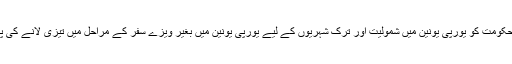
اس کے بدلے انقرہ حکومت کو يورپی يونين ميں شموليت اور ترک شہريوں کے ليے يورپی يونين ميں بغير ويزے سفر کے مراحل ميں تيزی لانے کی پيشکش کی گئی ہے۔